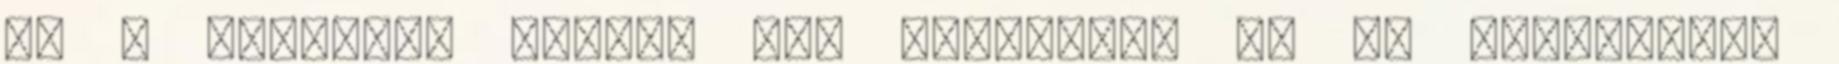
az a kötelem, hogyha nem fejeződik be az adásvételi